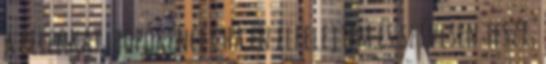
a pelenkát, popókencét ha én elfelejtem és szívesen teszi,